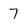
Character: 7